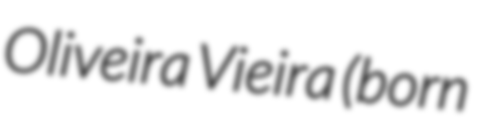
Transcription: Oliveira Vieira (born